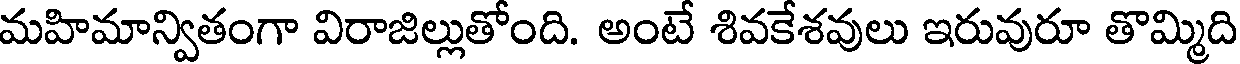
మహిమాన్వితంగా విరాజిల్లుతోంది. అంటే శివకేశవులు ఇరువురూ తొమ్మిది